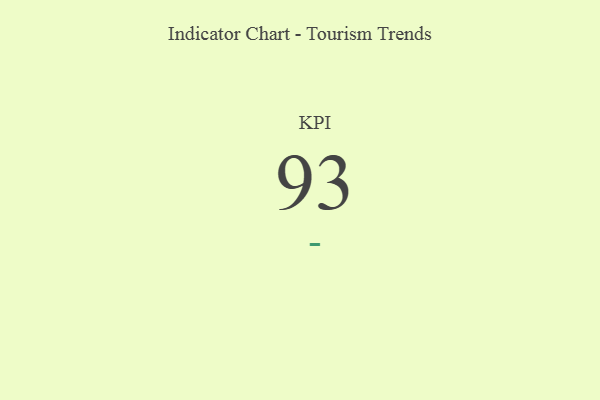
{"axis": {"x": "KPI", "y": "Value"}, "legend": [""], "data": [{"x": "KPI", "y": 93, "type": ""}]}